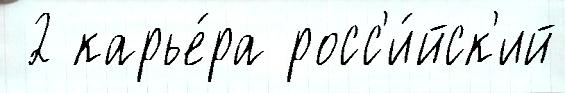
 2 карье́ра росс'и́йск'ий